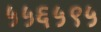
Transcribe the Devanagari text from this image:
५५६५९५